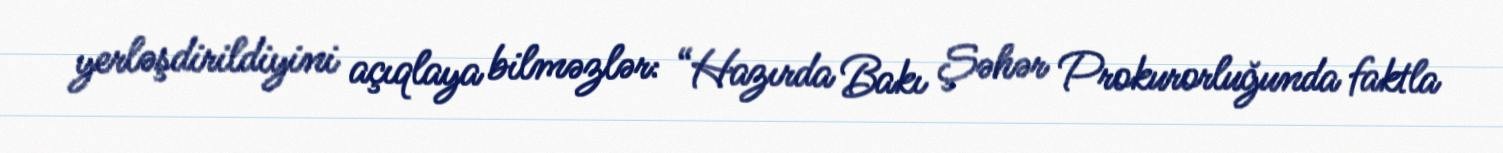
yerləşdirildiyini açıqlaya bilməzlər: “Hazırda Bakı Şəhər Prokurorluğunda faktla